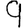
Digit: 9